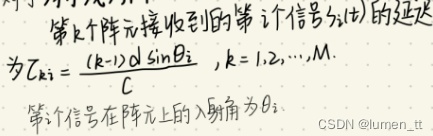
第\(k\)个阵元接收到的第\(i\)个信号\(s_i(t)\)的延迟
为\(\tau_{ki}=\frac{(k - 1)d\sin\theta_i}{c}\)，\(k = 1,2,\cdots,M\)。
第\(i\)信号在阵元上的入射角为\(\theta_i\)。
CSDN@lumen_tt